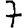
Digit: 7